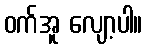
ဝက်အူ လျော့ပါ။